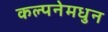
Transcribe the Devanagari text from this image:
कल्पनेमधुन